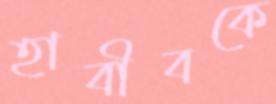
হাবীবকে